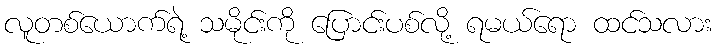
လူတစ်ယောက်ရဲ့ သမိုင်းကို ပြောင်းပစ်လို့ ရမယ်ရော ထင်သလား